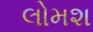
લોમશ